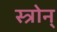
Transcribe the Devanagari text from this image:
स्त्रोन्